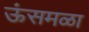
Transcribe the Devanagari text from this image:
ऊंसमळा